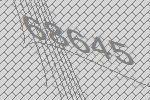
68645